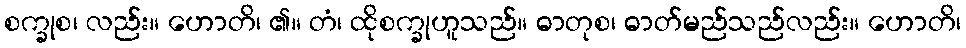
စက္ခုစ၊ လည်း။ ဟောတိ၊ ၏။ တံ၊ ထိုစက္ခုဟူသည်။ ဓာတုစ၊ ဓာတ်မည်သည်လည်း။ ဟောတိ၊